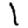
Digit: 1